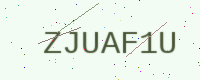
Text: ZJUAF1U